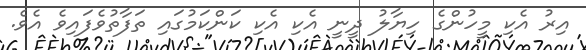
އިރު އެކި މީހުންގެ ހިޔާލު ދީނީ އެކި އެކި ކަންކަމުގައި ތަފާތުވެފައިވެ އެވެ.